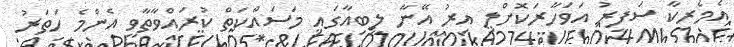
އެމެރިކާ ސަފީރު އަވަހާރަކޮށްލި އިރު އޭނާ ލީބިއާގައި މަސައްކަތް ކުރައްވާތާވީ އެންމެ ހަތަރު